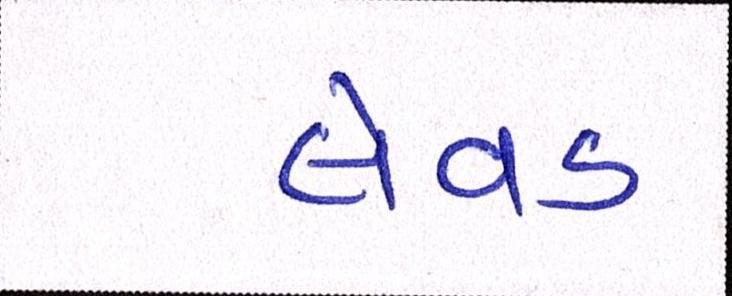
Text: લેવડ